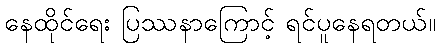
နေထိုင်ရေး ပြဿနာကြောင့် ရင်ပူနေရတယ်။